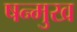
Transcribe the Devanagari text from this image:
षन्मुख